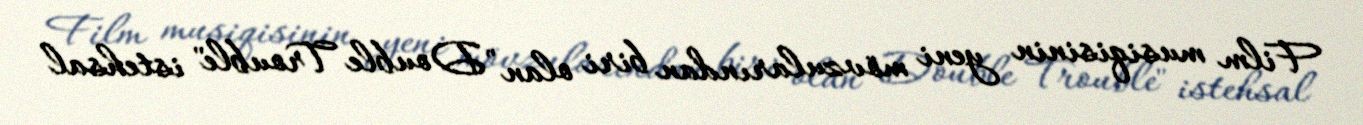
Film musiqisinin yeni mövzularından biri olan "Double Trouble" istehsal